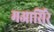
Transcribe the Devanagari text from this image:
मआसिरे